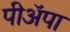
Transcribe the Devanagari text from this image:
पीअॅपा